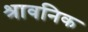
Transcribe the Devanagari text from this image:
श्रावनिक